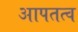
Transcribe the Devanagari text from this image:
आपतत्व